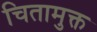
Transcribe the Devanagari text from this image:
चितामुक्त